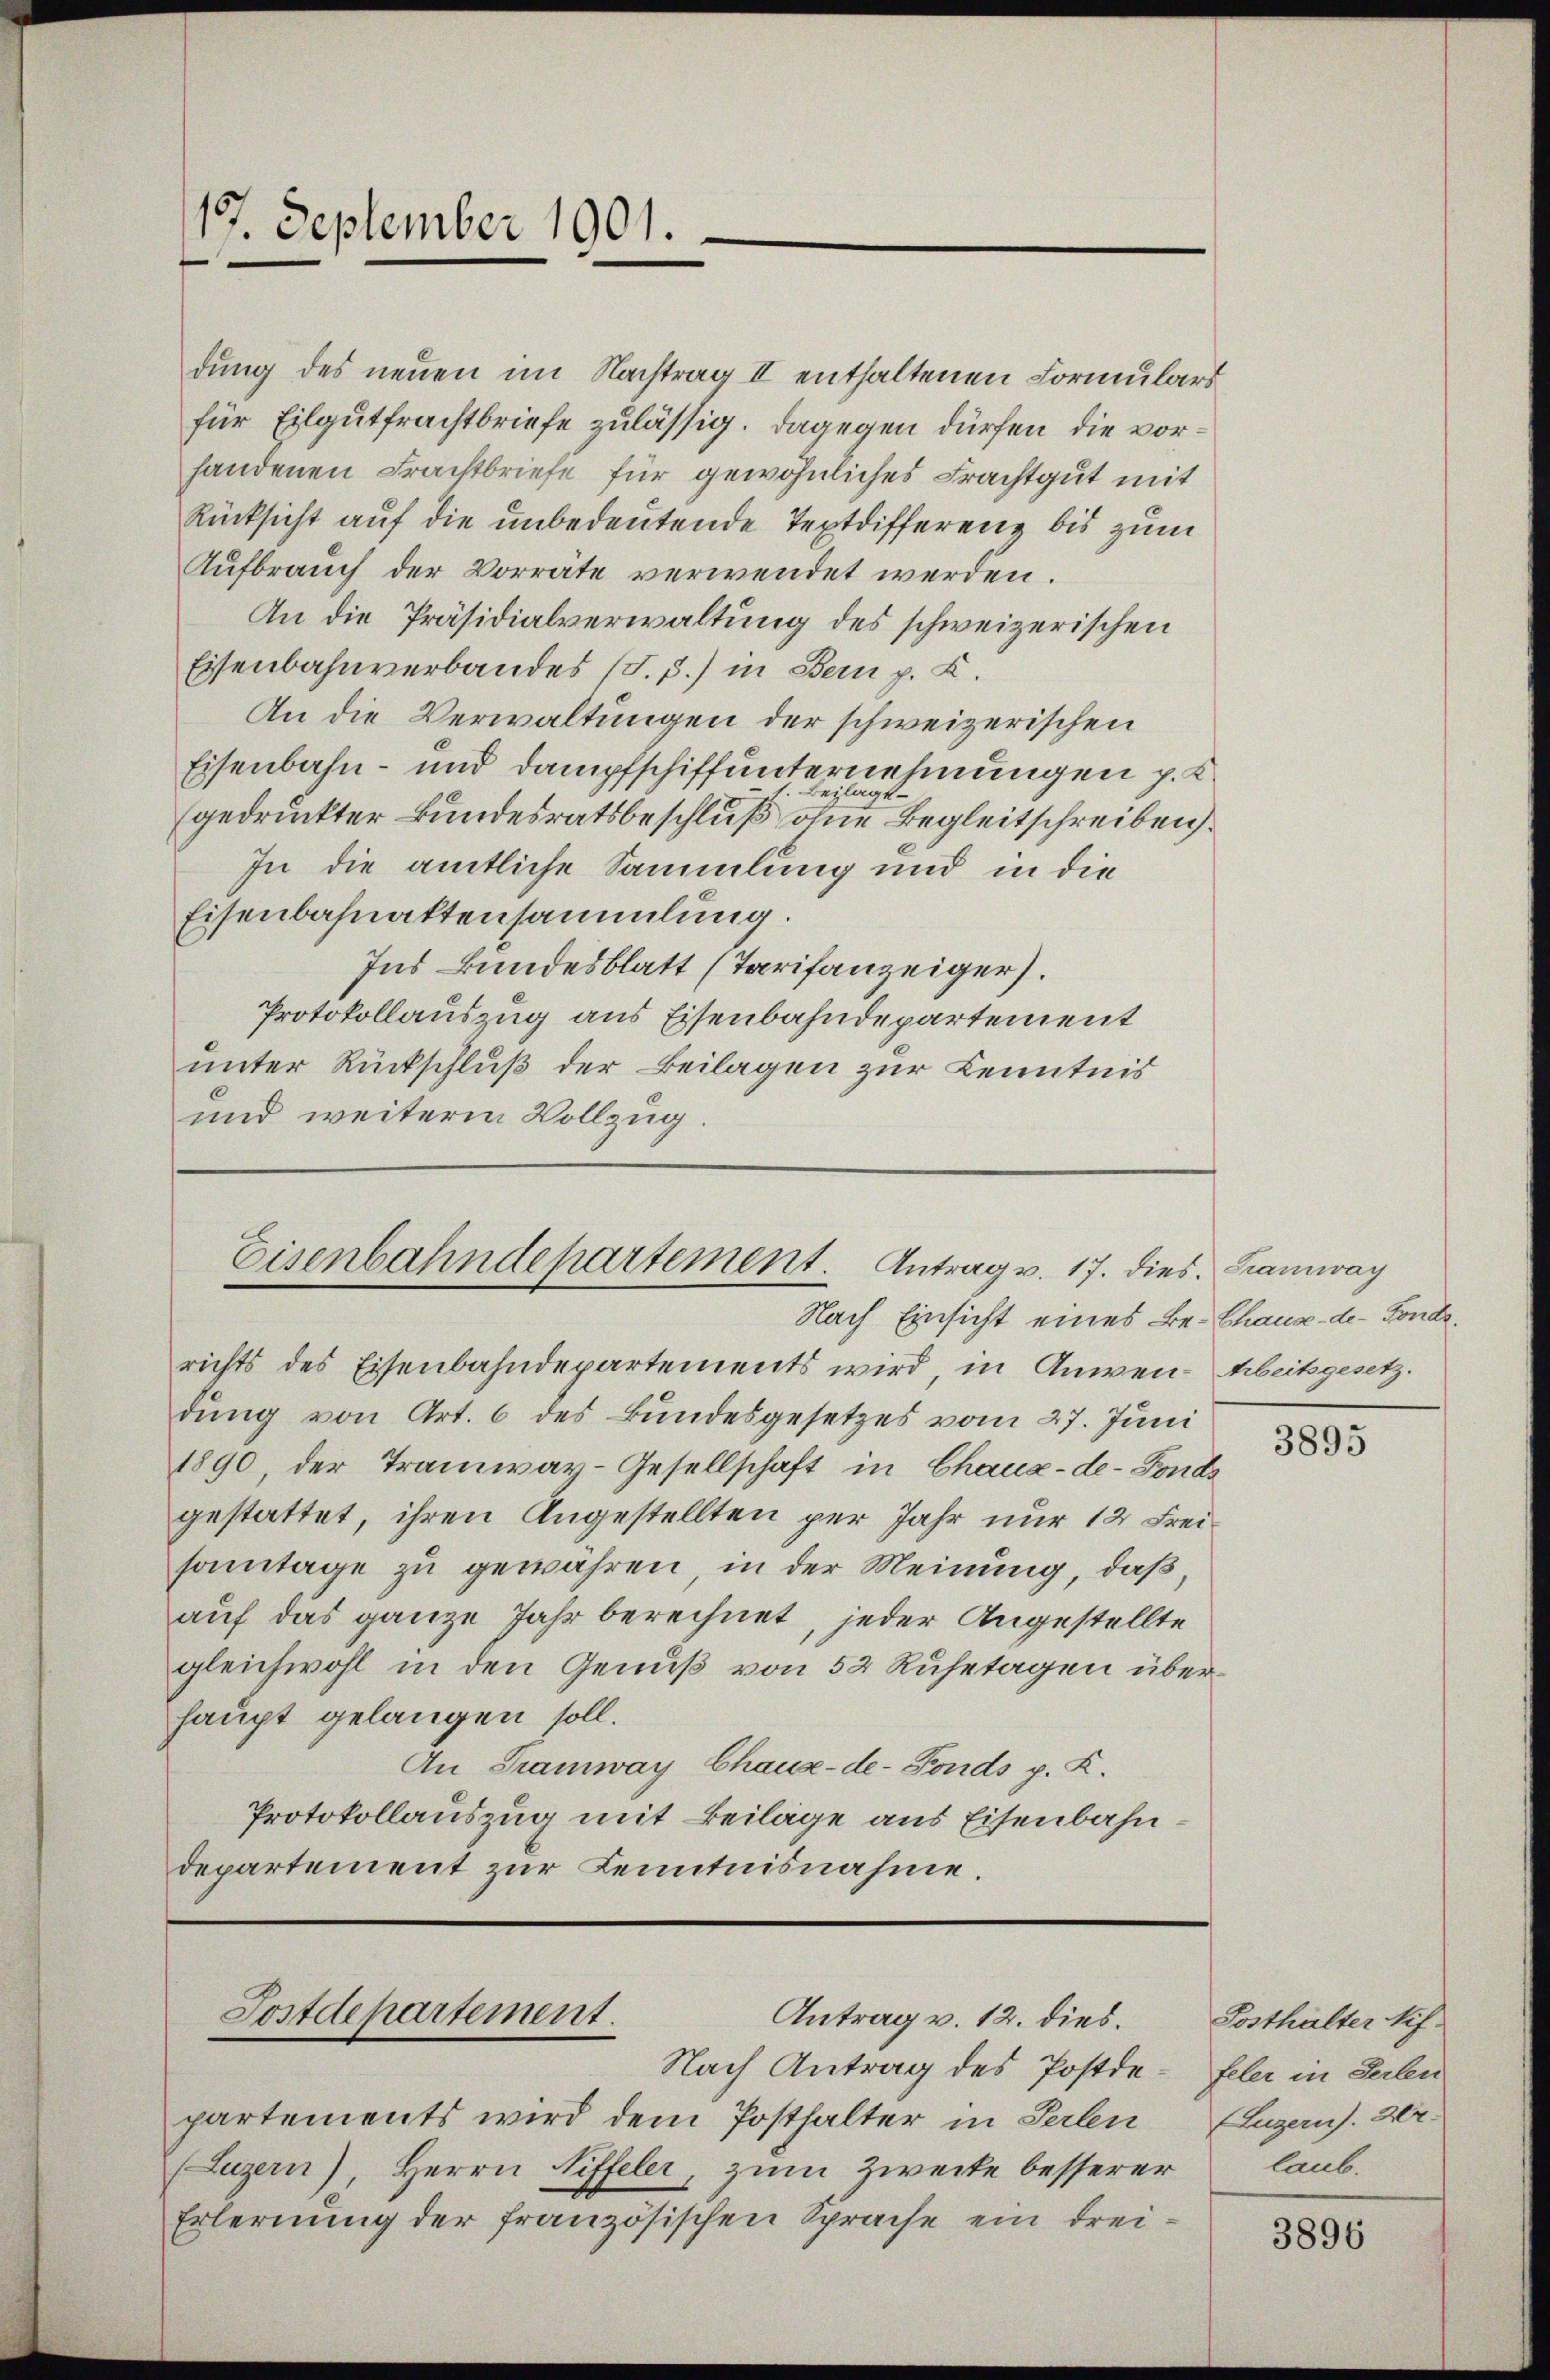
19. September 1901.

dung des neuen im Nachtrag II enthaltenen Formulars
für Eilgutfrachtbriefe zulässig. Dagegen dürfen, die vorhandenen Frachtbriefe für gewöhnliches Frachtgut mit
Rücksicht auf die unbedeutende Teptdifferenz bis zum
Aufbrauch der Vorräte verwendet werden.
An die Präsidialverwaltung des schweizerischen
Eisenbahnverbandes (T.3.) in Bern p. C.
An die Verwaltungen der schweizerischen
Eisenbahn- und Dampfschiffunternehmungen p. K
gedruckter Bundesratsbeschluß der eine Begleitschreiben
In die amtliche Sammlung und in die
Eisenbahnattensammlung.
Ins Bundesblatt (Tarifanzeiger.
Protokollauszug aus Eisenbahndepartement
unter Rückschluß der Beilagen zur Kenntnis
und weitere Vollzug.

Eisenbahndepartement. Antrag v. 17. dies. Tramway
Nach Einsicht eines Be- Chause der Fonds.

richts des Eisenbahndepartements wird, in Anwen- Arbeitsgesetz.
dung von Art. 6 des Bundesgesetzes vom 27. Juni
1890, der Tramway-Gesellschaft in Chaux-de-Fonds
gestattet, ihren Angestellten per Jahr nur 12 Freisonntage zu gewähren, in der Meinung, daß,
auf das ganze Jahr berechnet, jeder Angestellte
gleichwohl in den Genuß von 52 Ruhetagen überhaupt gelangen soll.
An Tramway Chaux-de-Fonds p. K.
Protokollauszug mit Beilage aus Eisenbahn.
departement zur Kenntnisnahme.

Postdepartement.
Antrag v. 12. dies.

Nach Antrag des Postdepartements wird dem Posthalter in Perlen
(Luzern), Herrn Liffeler, zum Zweite besserer
Erlernung der französischen Sprache ein drei¬

3895

Posthalter tif-
feler in Seilen
Luzern). Der-
laub.

3896